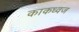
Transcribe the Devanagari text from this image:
काकध्वज